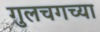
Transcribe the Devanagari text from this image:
गुलचगच्या